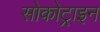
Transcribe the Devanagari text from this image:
सोकोट्राइन